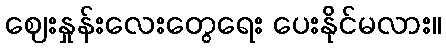
ဈေးနှုန်းလေးတွေရေး ပေးနိုင်မလား။